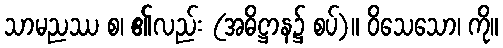
သာမညဿ စ၊ ၏လည်း (အဓိဋ္ဌာန၌ စပ်)။ ဝိသေသော၊ ကို။